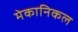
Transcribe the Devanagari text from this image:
मेकानिकल